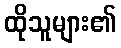
ထိုသူများ၏